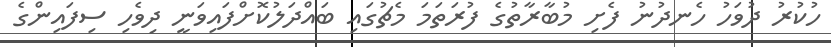
ހުކުރު ދުވަހު ހެނދުނު ފެށި މުބާރާތުގެ ފުރަތަމަ މެޗުގައި ބައްދަލުކޮށްފައިވަނީ ދިވެހި ސިފައިންގެ